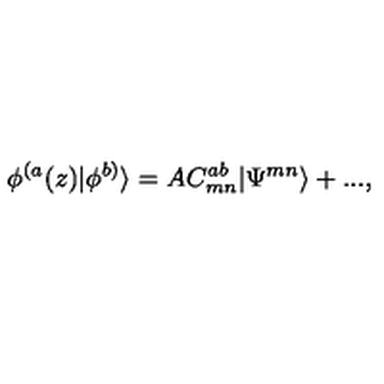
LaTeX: \phi ^ { ( a } ( z ) | \phi ^ { b ) } \rangle = A C _ { m n } ^ { a b } | \Psi ^ { m n } \rangle + . . . ,